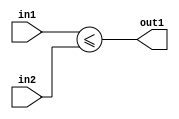
`timescale 1ps / 1ps
/*****************************************************************************
    Verilog RTL Description
    
    
    Created by: Stratus DpOpt 2019.1.01 
*******************************************************************************/

module dut_GreaterThanEQ_32Ux32U_1U_1 (
	in2,
	in1,
	out1
	); /* architecture "behavioural" */ 
input [31:0] in2,
	in1;
output  out1;
wire  asc001;

assign asc001 = (in1<=in2);

assign out1 = asc001;
endmodule

/* CADENCE  urf5SgA= : u9/ySgnWtBlWxVPRXgAZ4Og= ** DO NOT EDIT THIS LINE ******/